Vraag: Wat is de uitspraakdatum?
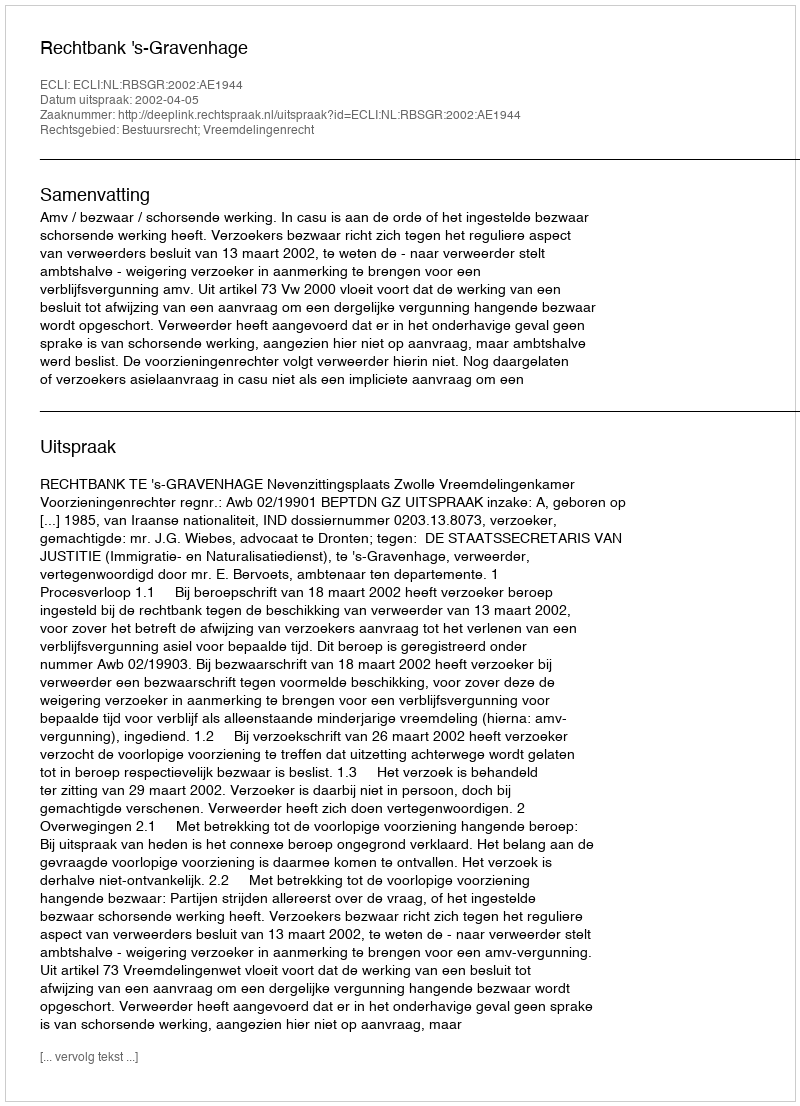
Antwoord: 2002-04-05